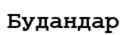
Будандар